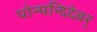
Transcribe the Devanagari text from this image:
पोन्पन्दिदेवर्